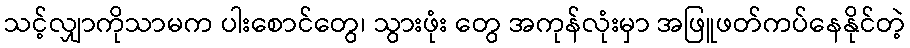
သင့်လျှာကိုသာမက ပါးစောင်တွေ၊ သွားဖုံး တွေ အကုန်လုံးမှာ အဖြူဖတ်ကပ်နေနိုင်တဲ့